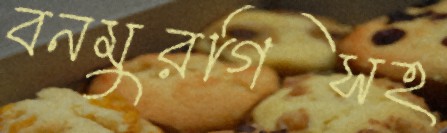
বনমুরগিসহ